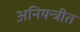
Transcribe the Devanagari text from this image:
अनियन्त्रीत